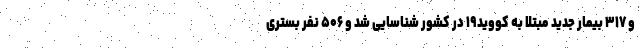
و ۳۱۷ بیمار جدید مبتلا به کووید۱۹ در کشور شناسایی شد و ۵۰۶ نفر بستری